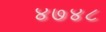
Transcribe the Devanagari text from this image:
४७४८